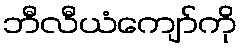
ဘီလီယံကျော်ကို